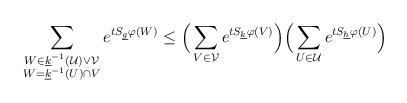
LaTeX: \begin{align*} \sum_{\substack{W \in \underline{k}^{-1}(\mathcal{U}) \vee\mathcal{V} \\ W= \underline{k}^{-1}(U) \cap V}} e^{t S_{\underline{g}}\varphi(W)} &\leq \Big( \sum_{V\in \mathcal{V}} e^{t S_{\underline{k}} \varphi(V)} \Big)\Big(\sum_{U\in \mathcal{U}}e^{t S_{\underline{h}}\varphi(U )} \Big)\end{align*}